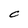
Character: C